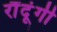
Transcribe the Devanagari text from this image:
रौंदूंगी